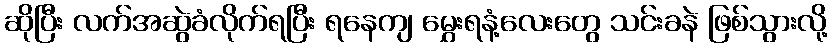
ဆိုပြီး လက်အဆွဲခံလိုက်ရပြီး ရနေကျ မွှေးရနံ့လေးတွေ သင်းခနဲ ဖြစ်သွားလို့